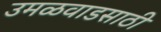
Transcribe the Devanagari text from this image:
उमळवाडसाठी